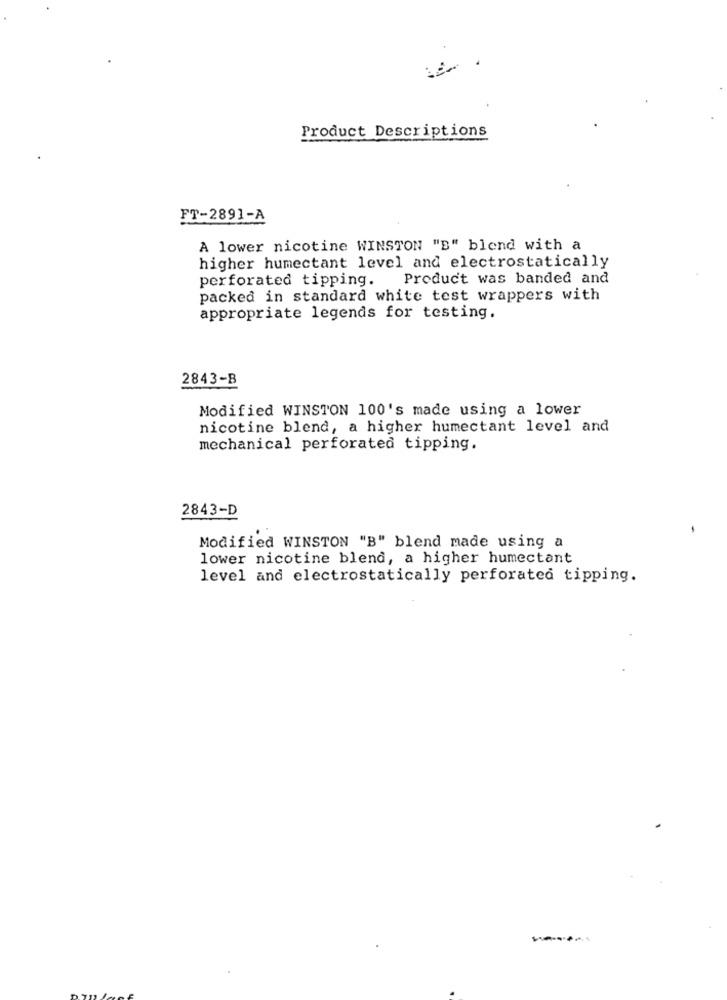
Product Descriptions
FT-2891-A
A lower nicotine WINSTON "B" blend with a
higher humectant level and electrostatically
perforated tipping.
Product was banded and
packed in standard white test wrappers with
appropriate legends for testing.
2843-B
Modified WINSTON 100's made using a lower
nicotine blend, a higher humectant level and
mechanical perforated tipping.
2843-D
Modified WINSTON "B" blend made using a
lower nicotine blend, a higher humectant
level and electrostatically perforated tipping.